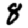
Digit: 8